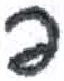
אות: פ